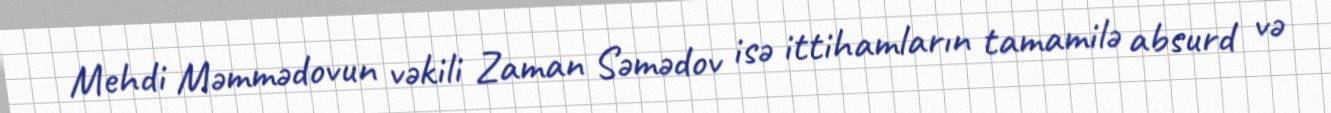
Mehdi Məmmədovun vəkili Zaman Səmədov isə ittihamların tamamilə absurd və